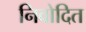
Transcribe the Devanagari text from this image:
निवोदित